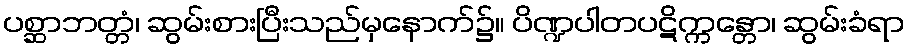
ပစ္ဆာဘတ္တံ၊ ဆွမ်းစားပြီးသည်မှနောက်၌။ ပိဏ္ဍပါတပဋိက္ကန္တော၊ ဆွမ်းခံရာ